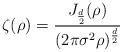
LaTeX: \begin{align*} \zeta(\rho) = \frac{J_{\frac{d}{2}}(\rho)}{ (2 \pi \sigma^2 \rho)^{\frac{d}{2}}} \end{align*}